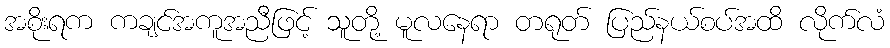
အစိုးရက ကချင်အကူအညီဖြင့် သူတို့ မူလနေရာ တရုတ် ပြည်နယ်စပ်အထိ လိုက်လံ